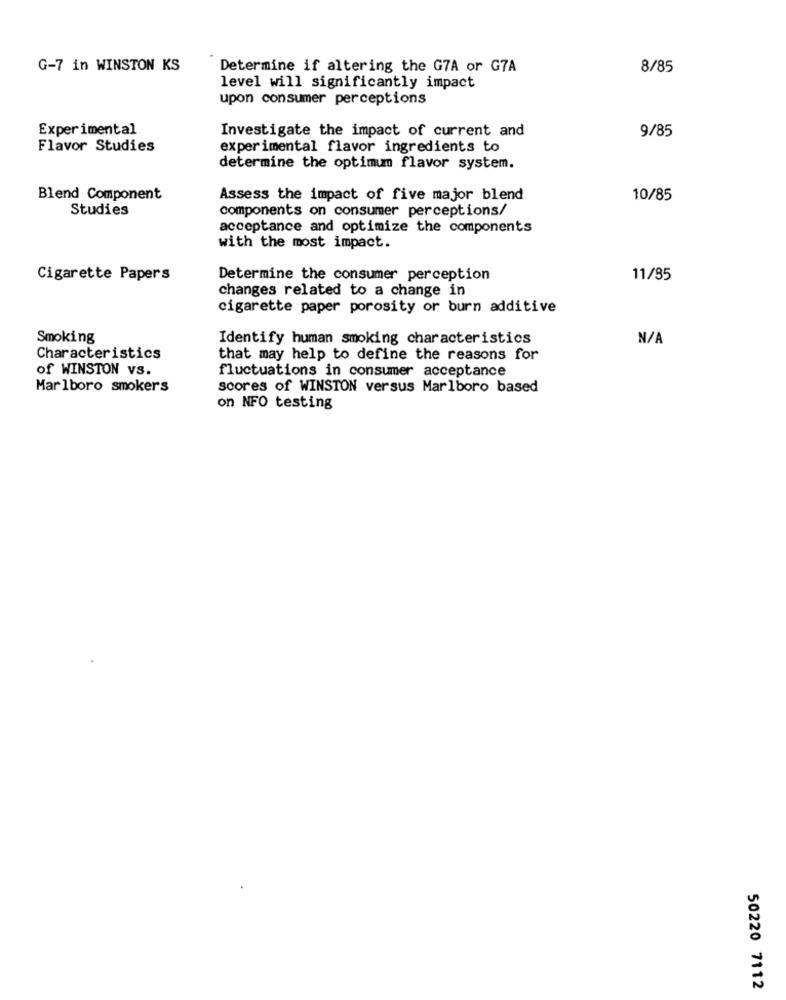
G-7 in WINSTON KS
Determine if altering the G7A or G7A
8/85
level will significantly impact
upon consumer perceptions
Experimental
Investigate the impact of current and
9/85
Flavor Studies
experimental flavor ingredients to
determine the optimum flavor system.
Blend Component
Assess the impact of five major blend
10/85
Studies
components on consumer perceptions/
acceptance and optimize the components
with the most impact.
Cigarette Papers
Determine the consumer perception
11/85
changes related to a change in
cigarette paper porosity or burn additive
Smoking
Identify human smoking characteristics
Characteristics
that may help to define the reasons for
of WINSTON vs.
fluctuations in consumer acceptance
Marlboro smokers
scores of WINSTON versus Marlboro based
on NFO testing
50220 7112